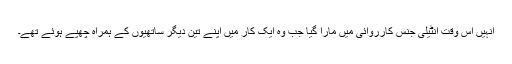
انہیں اس وقت انٹیلی جنس کارروائی میں مارا گیا جب وہ ایک کار میں اپنے تین دیگر ساتھیوں کے ہمراہ چھپے ہوئے تھے۔